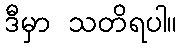
ဒီမှာ သတိရပါ။